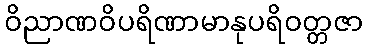
ဝိညာဏဝိပရိဏာမာနုပရိဝတ္တဇာ